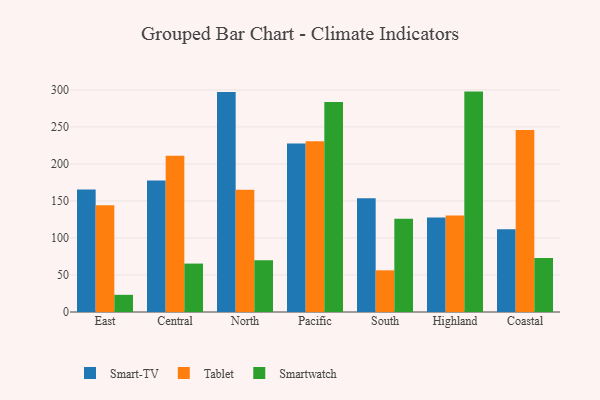
{"axis": {"x": "Region", "y": "Bounce Rate (%)"}, "legend": ["Smart-TV", "Smartwatch", "Tablet"], "data": [{"x": "East", "y": 165.4, "type": "Smart-TV"}, {"x": "East", "y": 144.3, "type": "Tablet"}, {"x": "East", "y": 23.2, "type": "Smartwatch"}, {"x": "Central", "y": 177.5, "type": "Smart-TV"}, {"x": "Central", "y": 211.2, "type": "Tablet"}, {"x": "Central", "y": 65.4, "type": "Smartwatch"}, {"x": "North", "y": 297.0, "type": "Smart-TV"}, {"x": "North", "y": 165.0, "type": "Tablet"}, {"x": "North", "y": 70.0, "type": "Smartwatch"}, {"x": "Pacific", "y": 227.5, "type": "Smart-TV"}, {"x": "Pacific", "y": 230.8, "type": "Tablet"}, {"x": "Pacific", "y": 283.7, "type": "Smartwatch"}, {"x": "South", "y": 153.6, "type": "Smart-TV"}, {"x": "South", "y": 56.3, "type": "Tablet"}, {"x": "South", "y": 125.9, "type": "Smartwatch"}, {"x": "Highland", "y": 127.5, "type": "Smart-TV"}, {"x": "Highland", "y": 130.5, "type": "Tablet"}, {"x": "Highland", "y": 297.7, "type": "Smartwatch"}, {"x": "Coastal", "y": 111.9, "type": "Smart-TV"}, {"x": "Coastal", "y": 245.7, "type": "Tablet"}, {"x": "Coastal", "y": 73.1, "type": "Smartwatch"}]}